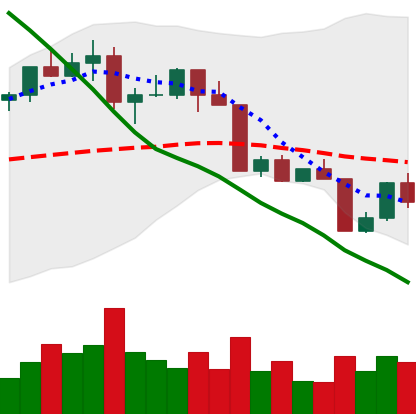
Ticker: LTC-USD
Chart end date: 2022-04-14
Forward return: 5.959%
Label: up_5_7